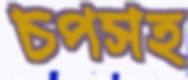
চপসহ